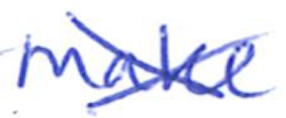
Text: make
Cross-out: cross
Writing tool: ballpoint